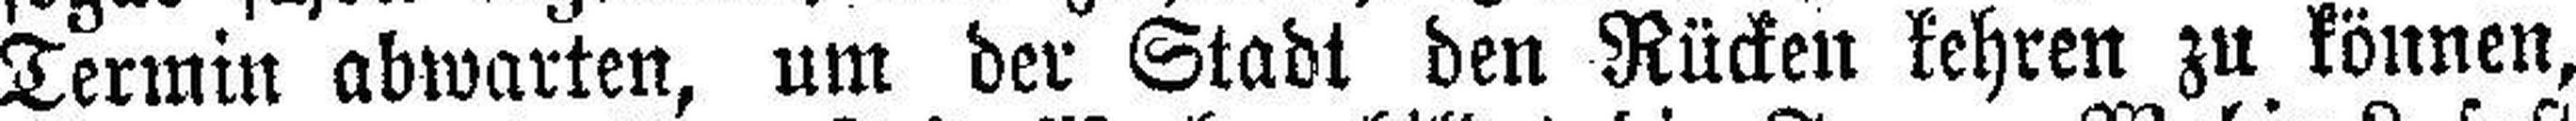
Termin abwarten, um der Stadt den Rücken kehren zu können,